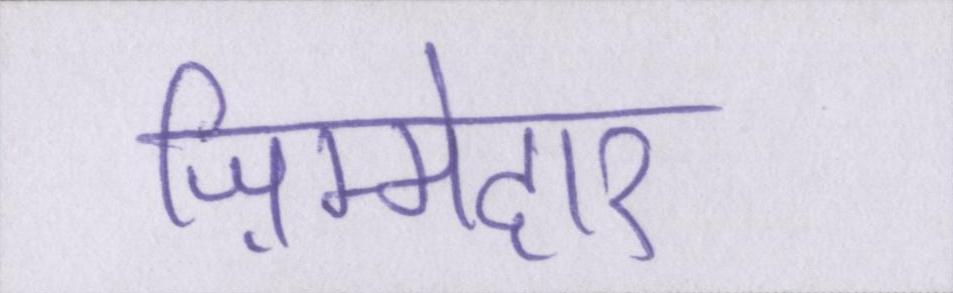
ज़िम्मेदार